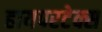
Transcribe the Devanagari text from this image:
हायपरटेक्स